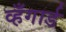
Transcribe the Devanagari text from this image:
व्हँगार्ड